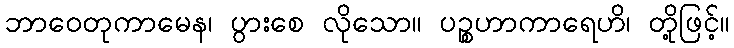
ဘာဝေတုကာမေန၊ ပွားစေ လိုသော။ ပဉ္စဟာကာရေဟိ၊ တို့ဖြင့်။